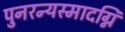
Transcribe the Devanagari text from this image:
पुनरन्यस्मादग्नि